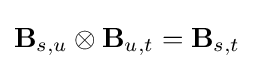
\mathbf {B} _{s,u}\otimes \mathbf {B} _{u,t}=\mathbf {B} _{s,t}